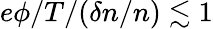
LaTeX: e\phi/T/(\delta n/n)\lesssim 1